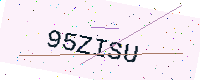
Text: 95ZISU